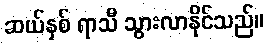
ဆယ်နှစ် ရာသီ သွားလာနိုင်သည်။